Leaving Certificate, 1901
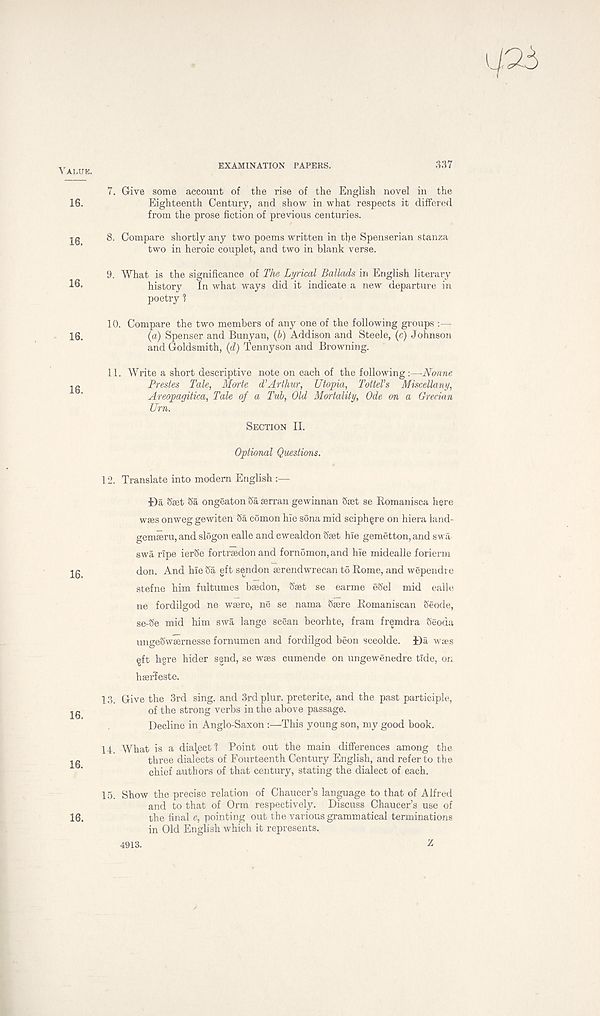
VALUE.
16.
16.
16.
16.
16.
16.
16.
16.
16.
EXAMINATION PAPERS.
367
7. Give some account of the rise of the English novel in the
Eighteenth Century, and show in what respects it differed
from the prose fiction of previous centuries.
8. Compare shortly any two poems written in the Spenserian stanza
two in heroic couplet, and two in blank verse.
9. What is the significance of The Lyrical Ballads in English literary
history
In what ways did it indicate a new departure in
poetry 1
10. Compare the two members of any one of the following groups :—
(a) Spenser and Bunyan, (b) Addison and Steele, (c) Johnson
and Goldsmith, (d) Tennyson and Browning.
11. Write a short descriptive note on each of the following :—Nonne
Prestes Tale, Morte d'Arthur, Utopia, TotteVs Miscellany,
Areopagitka, Tale of a Tub, Old Mortality, Ode on a Grecian
Urn.
SECTION II.
Optional Questions.
12. Translate into modern English :—
Da <5set Sa ongeaton Sa serran gewinnan Sset se Romanisca here
wses onweg gewiten Sa comon hie sona mid sciphgre on hiera land-
gemeeru, and slogon ealle and cwealdon Sset hie gemetton, and swa
swa ripe ierSe fortrsedon and fornomon,and hie midealle forierm
don. And hie Sa eft sendon serendwrecan to Rome, and wependi e
stefne him fultumes bsedon, Sset se earme eSel mid ealle
ne fordilgod ne wsere, ne se nama Ssere Romaniscan Seode,
se-Se mid him swa lange scean beorhte, fram fremdra Seoda
ungeSwsernesse fornumen and fordilgod beon sceolde. Da wses
^ft hgre hider send, se wses cumende on ungewenedre tide, or.
hserfeste.
13. Give the 3rd sing, and 3rdplur. preterite, and the past participle,
of the strong verbs in the above passage.
Decline in Anglo-Saxon :—This young son, my good book.
14. What is a dialect 1 ? Point out the main differences among the
three dialects of Fourteenth Century English, and refer to the
chief authors of that century, stating the dialect of each.
15. Show the precise relation of Chaucer’s language to that of Alfred
and to that of Orm respectively. Discuss Chaucer’s use of
the final e, pointing out the various grammatical terminations
in Old English which it represents.
4913.